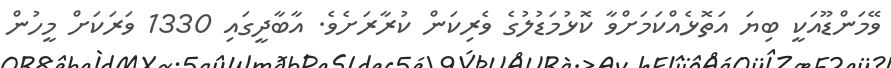
ވޭމަންޑޫއަކީ ބިޔަ އަތޮޅެއްކަމަށްވާ ކޮޅުމަޑުލުގެ ވެރިކަން ކުރާރަށެވެ. އާބާދީގައި 1330 ވަރަކަށް މީހުން